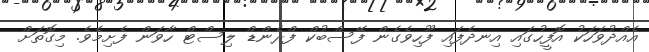
އެއްދުވަހަކު އޮފީހުގައި އިނދެފައި ފޫހިވެގެން ފޭސްބުކް ފްރެންޑް ލިސްޓް ހާވަން ފެށިމެވެ. މިގޮތަށް